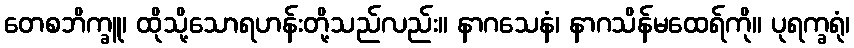
တေစဘိက္ခူ၊ ထိုသို့သောရဟန်းတို့သည်လည်း။ နာဂသေနံ၊ နာဂသိန်မထေရ်ကို။ ပုရက္ခရုံ၊